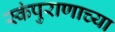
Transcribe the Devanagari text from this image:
स्कंपुराणाच्या